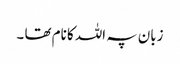
زبان پہ اللہ کا نام تھا ۔